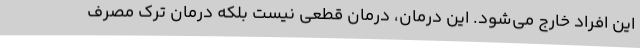
این افراد خارج می‌شود. این درمان، درمان قطعی نیست بلکه درمان ترک مصرف